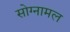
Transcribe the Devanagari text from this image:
सोग्नामल